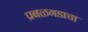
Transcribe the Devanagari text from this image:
प्रबळगडाचा